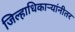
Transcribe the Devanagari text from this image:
जिल्हाधिकार्‍यांनीतर